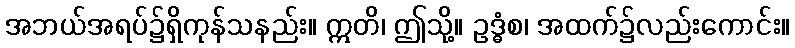
အဘယ်အရပ်၌ရှိကုန်သနည်း။ ဣတိ၊ ဤသို့။ ဥဒ္ဓံစ၊ အထက်၌လည်းကောင်း။